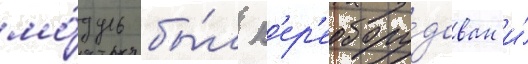
мо́дуль бы́л п'ер'еобору́дован и́